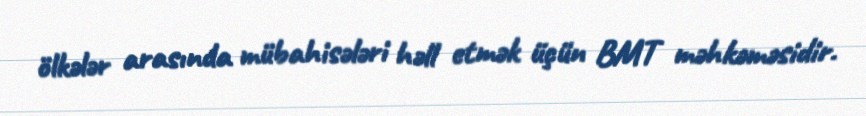
ölkələr arasında mübahisələri həll etmək üçün BMT məhkəməsidir.